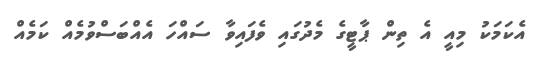
އެކަމަކު މިއީ އެ ތިން ޕާޓީގެ މެދުގައި ވެފައިވާ ސައްހަ އެއްބަސްވުމެއް ކަމެއް